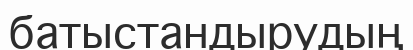
батыстандырудың